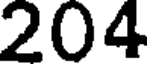
204